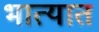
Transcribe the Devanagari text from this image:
भात्यात